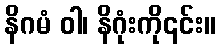
နိဂမံ ဝါ၊ နိဂုံးကို၎င်း။